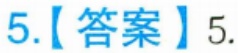
5.【答案】5.